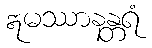
ဣမဿာနန္တရံ